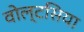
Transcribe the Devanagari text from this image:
वोल्टसिया